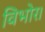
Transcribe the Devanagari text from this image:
विभोर।